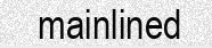
mainlined